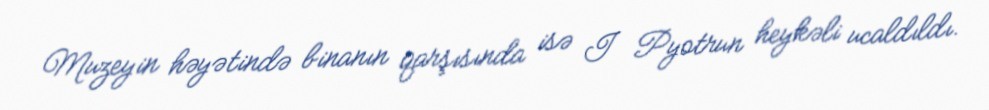
Muzeyin həyətində binanın qarşısında isə I Pyotrun heykəli ucaldıldı.